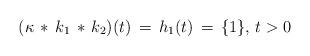
LaTeX: \begin{align*}(\kappa\,*\, k_1\, *\, k_2)(t)\, =\, h_1(t)\, = \, \{1\},\, t>0\end{align*}